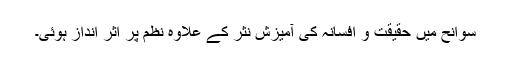
سوانح میں حقیقت و افسانہ کی آمیزش نثر کے علاوہ نظم پر اثر انداز ہوئی۔